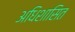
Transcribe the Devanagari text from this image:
अधिशासित